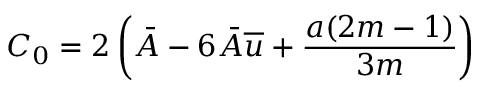
C _ { 0 } = 2 \left( \bar { A } - 6 \bar { A } \overline { { u } } + \frac { a ( 2 m - 1 ) } { 3 m } \right)